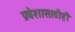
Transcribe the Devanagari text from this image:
प्रवेशासाठीही